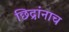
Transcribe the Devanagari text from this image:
छिद्रांनाच